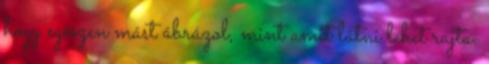
hogy egészen mást ábrázol, mint amit látni lehet rajta.